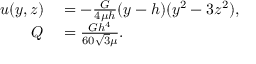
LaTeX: \begin{array} { r l } { u ( y , z ) } & { { } = - { \frac { G } { 4 \mu h } } ( y - h ) ( y ^ { 2 } - 3 z ^ { 2 } ) , } \\ { Q } & { { } = { \frac { G h ^ { 4 } } { 6 0 { \sqrt { 3 } } \mu } } . } \end{array}